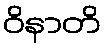
ဝိနာတိ